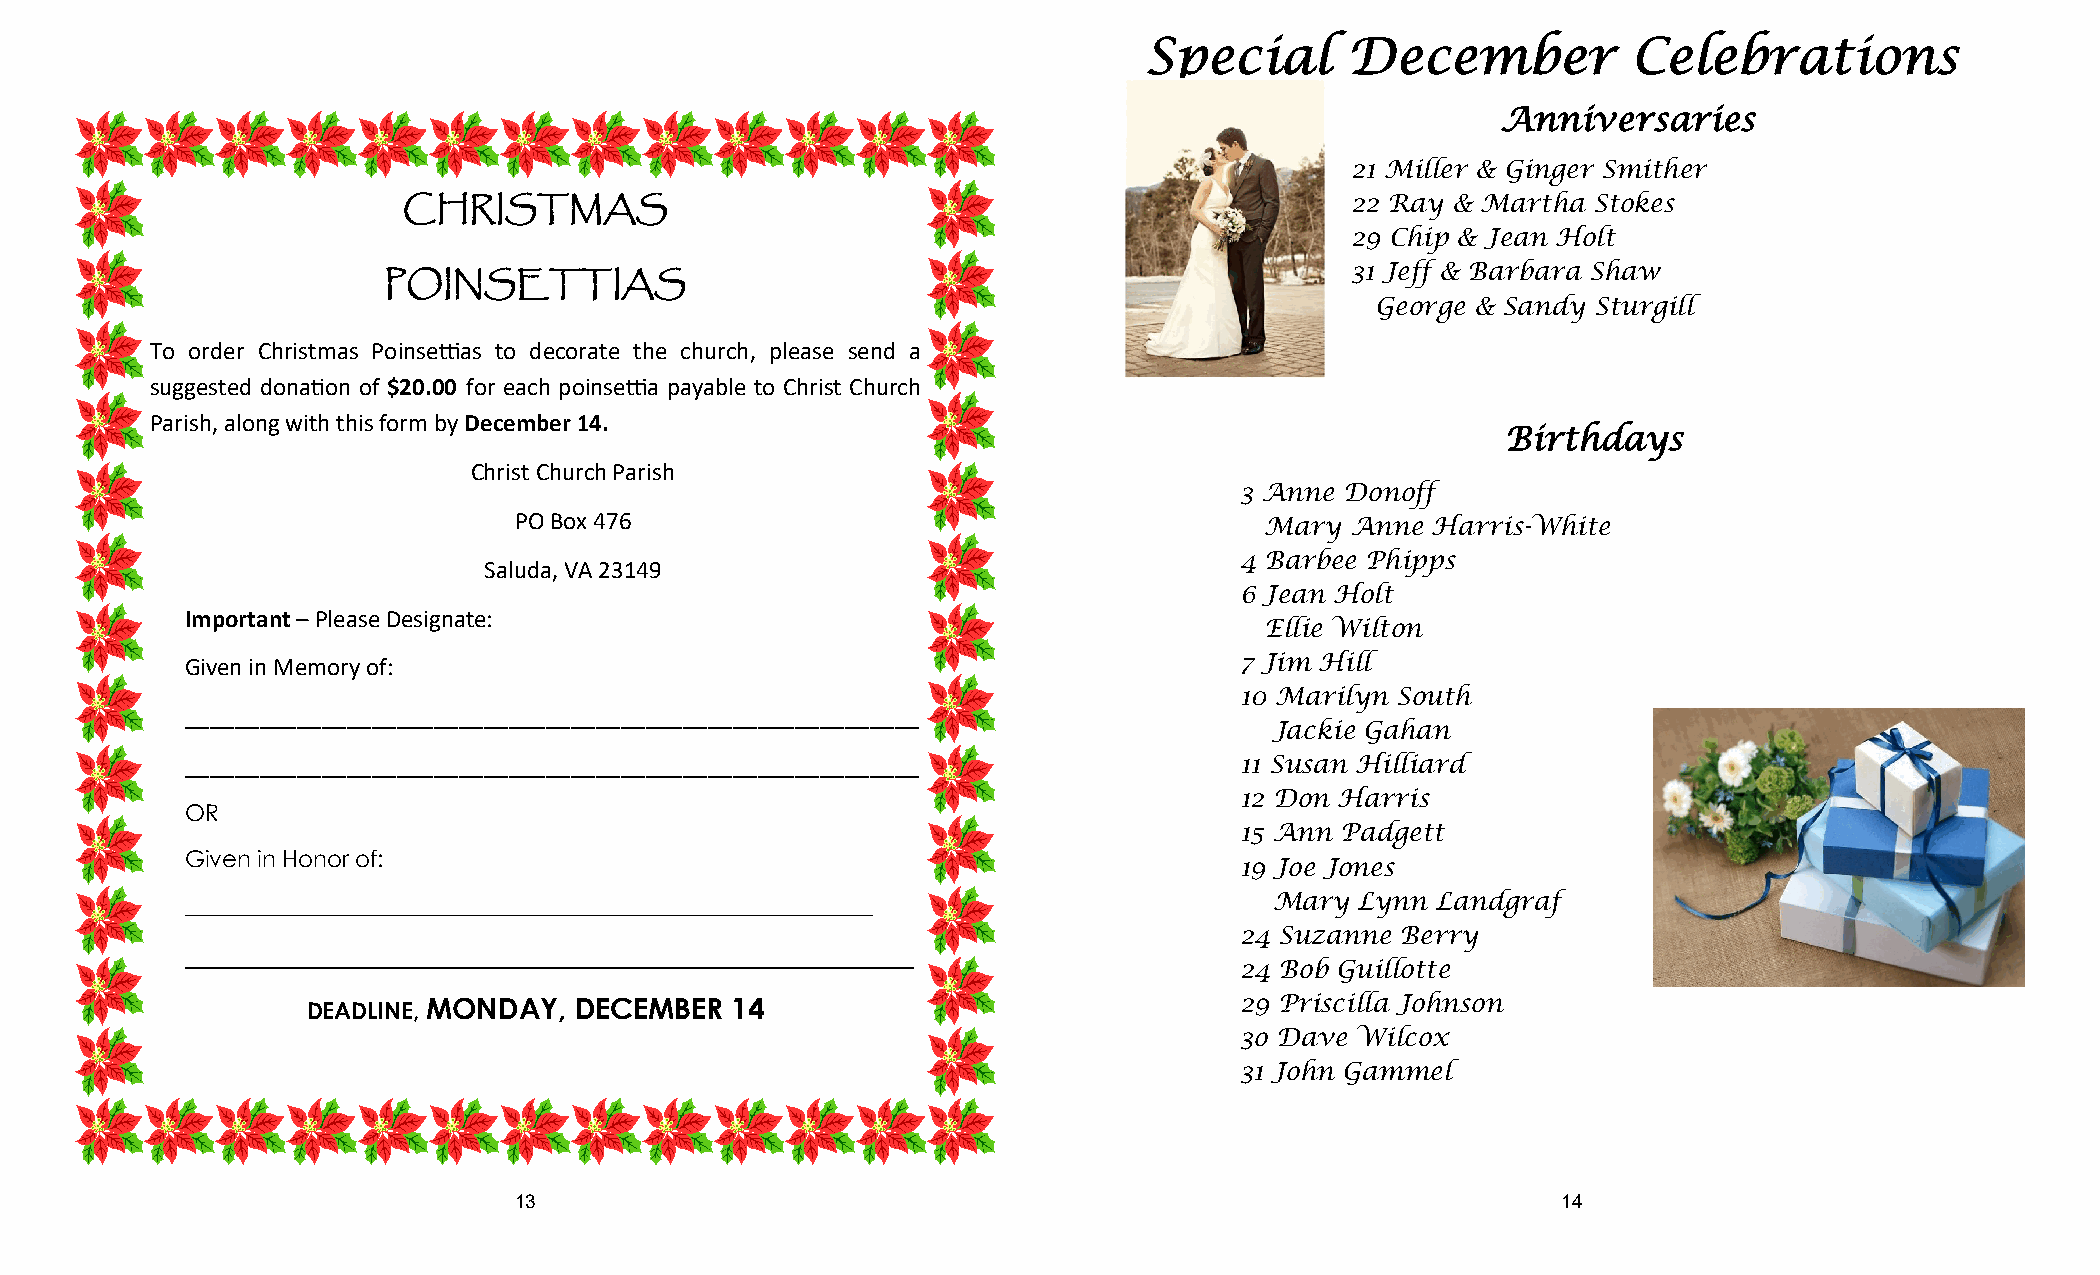
Special      December           Celebrations
 Anniversaries
 21 Miller & Ginger Smither
 22 Ray & Martha Stokes
 CHRISTMAS
 29 Chip & Jean Holt
 31 Jeff & Barbara Shaw
 POINSETTIAS
 George & Sandy Sturgill
 To order Christmas Poinsettias to decorate the church, please send a
 suggested donation of $20.00 for each poinsettia payable to Christ Church
 Parish, along with this form by December 14.
 Birthdays
 Christ Church Parish
 3 Anne Donoff
 PO Box 476
 Mary Anne  Harris-White
 4 Barbee Phipps
 Saluda, VA 23149
 6 Jean Holt
 Important – Please Designate:
 Ellie Wilton
 Given in Memory of:                                                   7 Jim Hill
 10 Marilyn South
 ___________________________________________________________
 Jackie Gahan
 ___________________________________________________________           11 Susan Hilliard
 12 Don Harris
 OR
 15 Ann Padgett
 Given in Honor of:
 19 Joe Jones
 ____________________________________________________________            Mary  Lynn Landgraf
 24 Suzanne Berry
 __________________________________________________
 24 Bob Guillotte
 DEADLINE, MONDAY, DECEMBER  14                                29 Priscilla Johnson
 3o Dave Wilcox
 31 John Gammel
 13                                                                   14